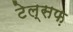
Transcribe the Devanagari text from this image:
टेल्सफ़